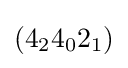
(4_{2}4_{0}2_{1})